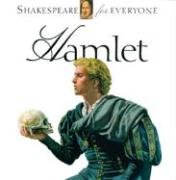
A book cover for Hamlet (Shakespeare for Everyone); Jennifer Mulherin; Literature & Fiction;